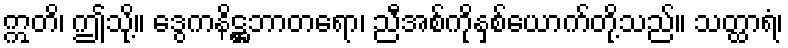
ဣတိ၊ ဤသို့။ ဒွေကနိဋ္ဌဘာတရော၊ ညီအစ်ကိုနှစ်ယောက်တို့သည်။ သတ္ထာရံ၊